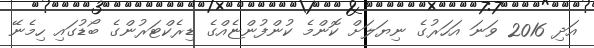
އަދި 2016 ވަނަ އަހަރުގެ ނިޔަލަށް ކޮންމެ ކުންފުންޏެއްގެ ޑިރެކްޓަރުންގެ ބޯޑުގައި ހިމެނޭ